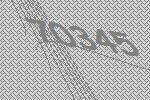
70345